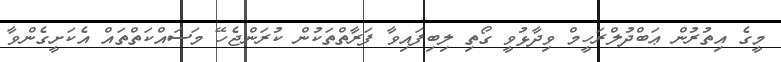
މީގެ އިތުރުން ޢަބްދުލްރަހީމް ވިދާޅުވީ ގޯތި ލިބިފައިވާ ފަރާތްތަކުން ކުރަންޖެހޭ މަސައްކަތްތައް އެކަށީގެންވާ